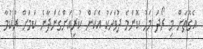
އެގޮތަށް މި ރޯދަ މަހު ކޮންމެ ދުވަހަކު އެކަން ކުރިއަށްގެންދާނެ ކަމަށް ރުކުމާ